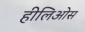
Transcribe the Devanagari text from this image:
हीलिओस